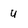
Character: U